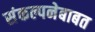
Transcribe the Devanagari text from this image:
संकल्पनेबाबत